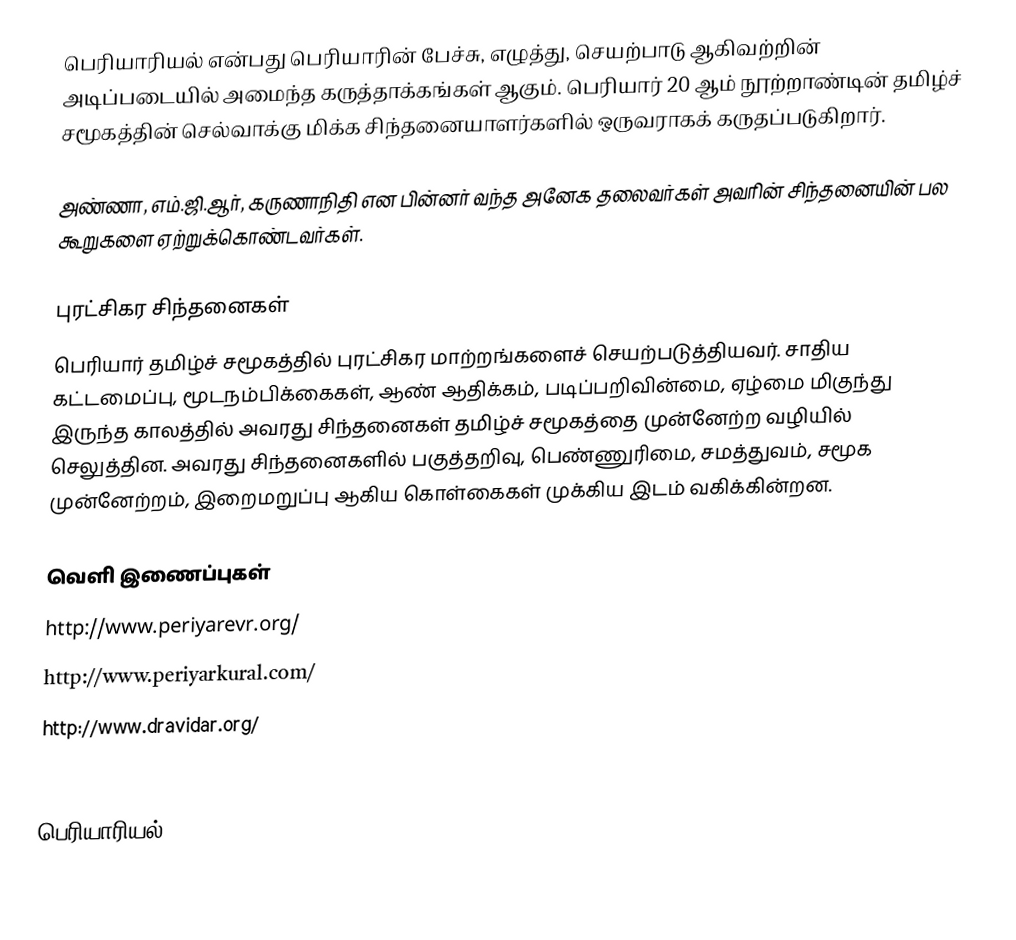
பெரியாரியல் என்பது பெரியாரின் பேச்சு, எழுத்து, செயற்பாடு ஆகிவற்றின் அடிப்படையில் அமைந்த கருத்தாக்கங்கள் ஆகும். பெரியார் 20 ஆம் நூற்றாண்டின் தமிழ்ச் சமூகத்தின் செல்வாக்கு மிக்க சிந்தனையாளர்களில் ஒருவராகக் கருதப்படுகிறார்.

அண்ணா, எம்.ஜி.ஆர், கருணாநிதி என பின்னர் வந்த அனேக தலைவர்கள் அவரின் சிந்தனையின் பல கூறுகளை ஏற்றுக்கொண்டவர்கள்.

புரட்சிகர சிந்தனைகள்
பெரியார் தமிழ்ச் சமூகத்தில் புரட்சிகர மாற்றங்களைச் செயற்படுத்தியவர். சாதிய கட்டமைப்பு, மூடநம்பிக்கைகள், ஆண் ஆதிக்கம், படிப்பறிவின்மை, ஏழ்மை மிகுந்து இருந்த காலத்தில் அவரது சிந்தனைகள் தமிழ்ச் சமூகத்தை முன்னேற்ற வழியில் செலுத்தின. அவரது சிந்தனைகளில் பகுத்தறிவு, பெண்ணுரிமை, சமத்துவம், சமூக முன்னேற்றம், இறைமறுப்பு ஆகிய கொள்கைகள் முக்கிய இடம் வகிக்கின்றன.

வெளி இணைப்புகள்
 http://www.periyarevr.org/
 http://www.periyarkural.com/
 http://www.dravidar.org/
 http://www.files.periyar.org.in/viduthalai/

பெரியாரியல்